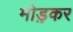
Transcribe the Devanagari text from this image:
मोड़़कर